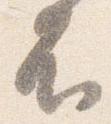
不